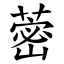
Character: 蔤